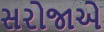
સરોજાએ